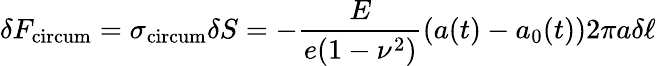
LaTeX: \delta F_{\mathrm{circum}}=\sigma_{\mathrm{circum}}\delta S=-\frac{E}{e(1-\nu^{2})}(a(t)-a_{0}(t))2\pi a\delta\ell